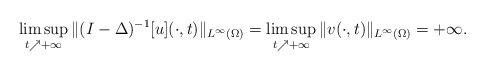
LaTeX: \begin{align*}\limsup\limits_{t\nearrow +\infty}\|(I-\Delta)^{-1}[u](\cdot,t)\|_{L^\infty(\Omega)}=\limsup\limits_{t\nearrow +\infty}\|v(\cdot,t)\|_{L^\infty(\Omega)}=+\infty.\end{align*}